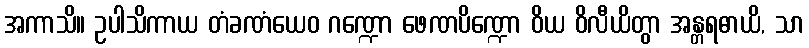
အကာသိ။ ဥပါသိကာယ တံခဏံယေဝ ဂဏ္ဍော ဖေဏပိဏ္ဍော ဝိယ ဝိလီယိတွာ အန္တရဓာယိ, သာ